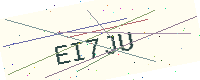
Text: EI7JU